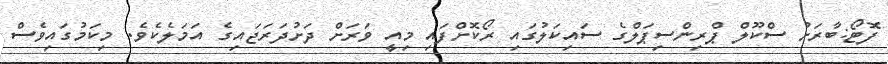
ފޮޓޯ:ބާރަށު ސްކޫލް ޕްރިންސިޕަލްގެ ސައިކަލުގައި ރޯކޮށްފައި މިއީ ވަރަށް ދަށުދަރަޖައިގެ އަމަލެކެވެ. މިކަމުގައިވެސް